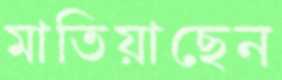
মাতিয়াছেন